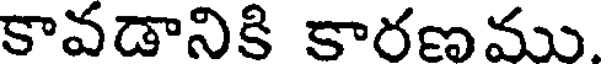
కావడానికి కారణము